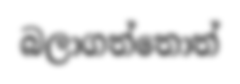
බලාගත්තොත්